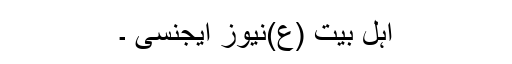
اہل بیت (ع)نیوز ایجنسی ۔